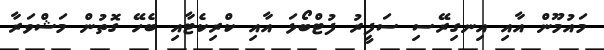
މައުމޫން އާއި އިނގިރޭސި ސަފީރު ފުޓްބޯޅަ އާއި ކްރިކެޓާއި ބެހޭ ގޮތުން މަޝްވަރާ